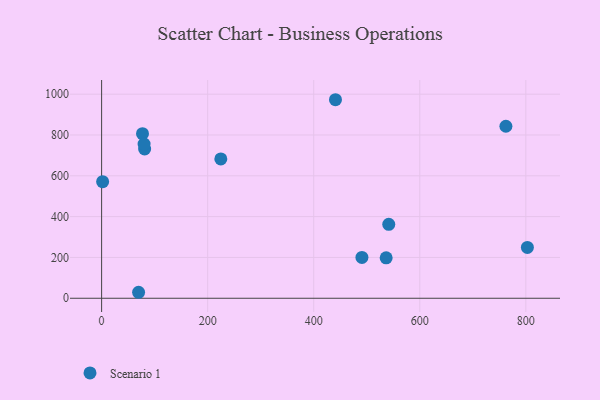
{"axis": {"x": "Engine Size", "y": "Sales"}, "legend": ["Scenario 1"], "data": [{"x": "81.1", "y": 731.4, "type": "Scenario 1"}, {"x": "762.4", "y": 843.0, "type": "Scenario 1"}, {"x": "541.5", "y": 362.2, "type": "Scenario 1"}, {"x": "224.8", "y": 682.8, "type": "Scenario 1"}, {"x": "77.1", "y": 806.4, "type": "Scenario 1"}, {"x": "69.7", "y": 29.3, "type": "Scenario 1"}, {"x": "441.0", "y": 972.9, "type": "Scenario 1"}, {"x": "802.9", "y": 249.0, "type": "Scenario 1"}, {"x": "490.9", "y": 200.3, "type": "Scenario 1"}, {"x": "1.9", "y": 571.1, "type": "Scenario 1"}, {"x": "536.6", "y": 198.3, "type": "Scenario 1"}, {"x": "80.1", "y": 755.8, "type": "Scenario 1"}]}